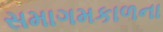
સમાગમકાળના